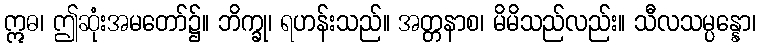
ဣဓ၊ ဤဆုံးအမတော်၌။ ဘိက္ခု၊ ရဟန်းသည်။ အတ္တနာစ၊ မိမိသည်လည်း။ သီလသမ္ပန္နော၊